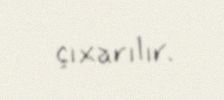
çıxarılır.